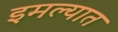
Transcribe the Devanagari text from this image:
इमल्यात